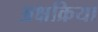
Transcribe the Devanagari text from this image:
अक्षक्रिया